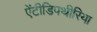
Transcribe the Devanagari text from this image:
ऐंटीडिपथीरिया